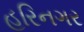
હરિનગર